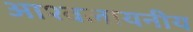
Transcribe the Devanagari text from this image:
आश्वलायनीय